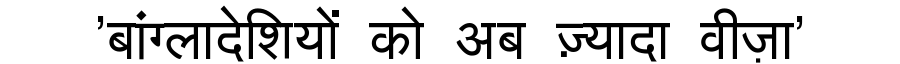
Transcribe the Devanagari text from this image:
'बांग्लादेशियों को अब ज़्यादा वीज़ा'